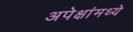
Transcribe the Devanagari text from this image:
अपेक्षांमध्ये